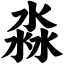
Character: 淼